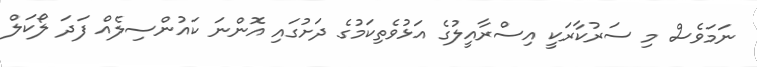
ނަމަވެސް މި ސަރުކާރަކީ އިސްރާއީލުގެ އަޅުވެތިކަމުގެ ދަށުގައި އޮންނަ ކައުންސިލެއް ފަދަ ލޯކަލް